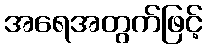
အရေအတွက်ဖြင့်